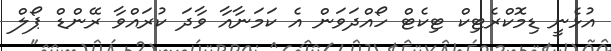
އުޅެނީ ޑިމޮކްރެޓިކް ޓިކެޓް ހޯއްދަވަން އެ ކަމަނާއާ ވާދަ ކުރައްވާ ރޭންޑް ޕޯލް